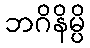
ဘဂိနိမ္ပိ